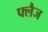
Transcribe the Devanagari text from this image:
फ्लैज